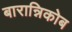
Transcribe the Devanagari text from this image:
बारान्निकोब